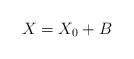
LaTeX: \begin{align*}X=X_0+B\end{align*}